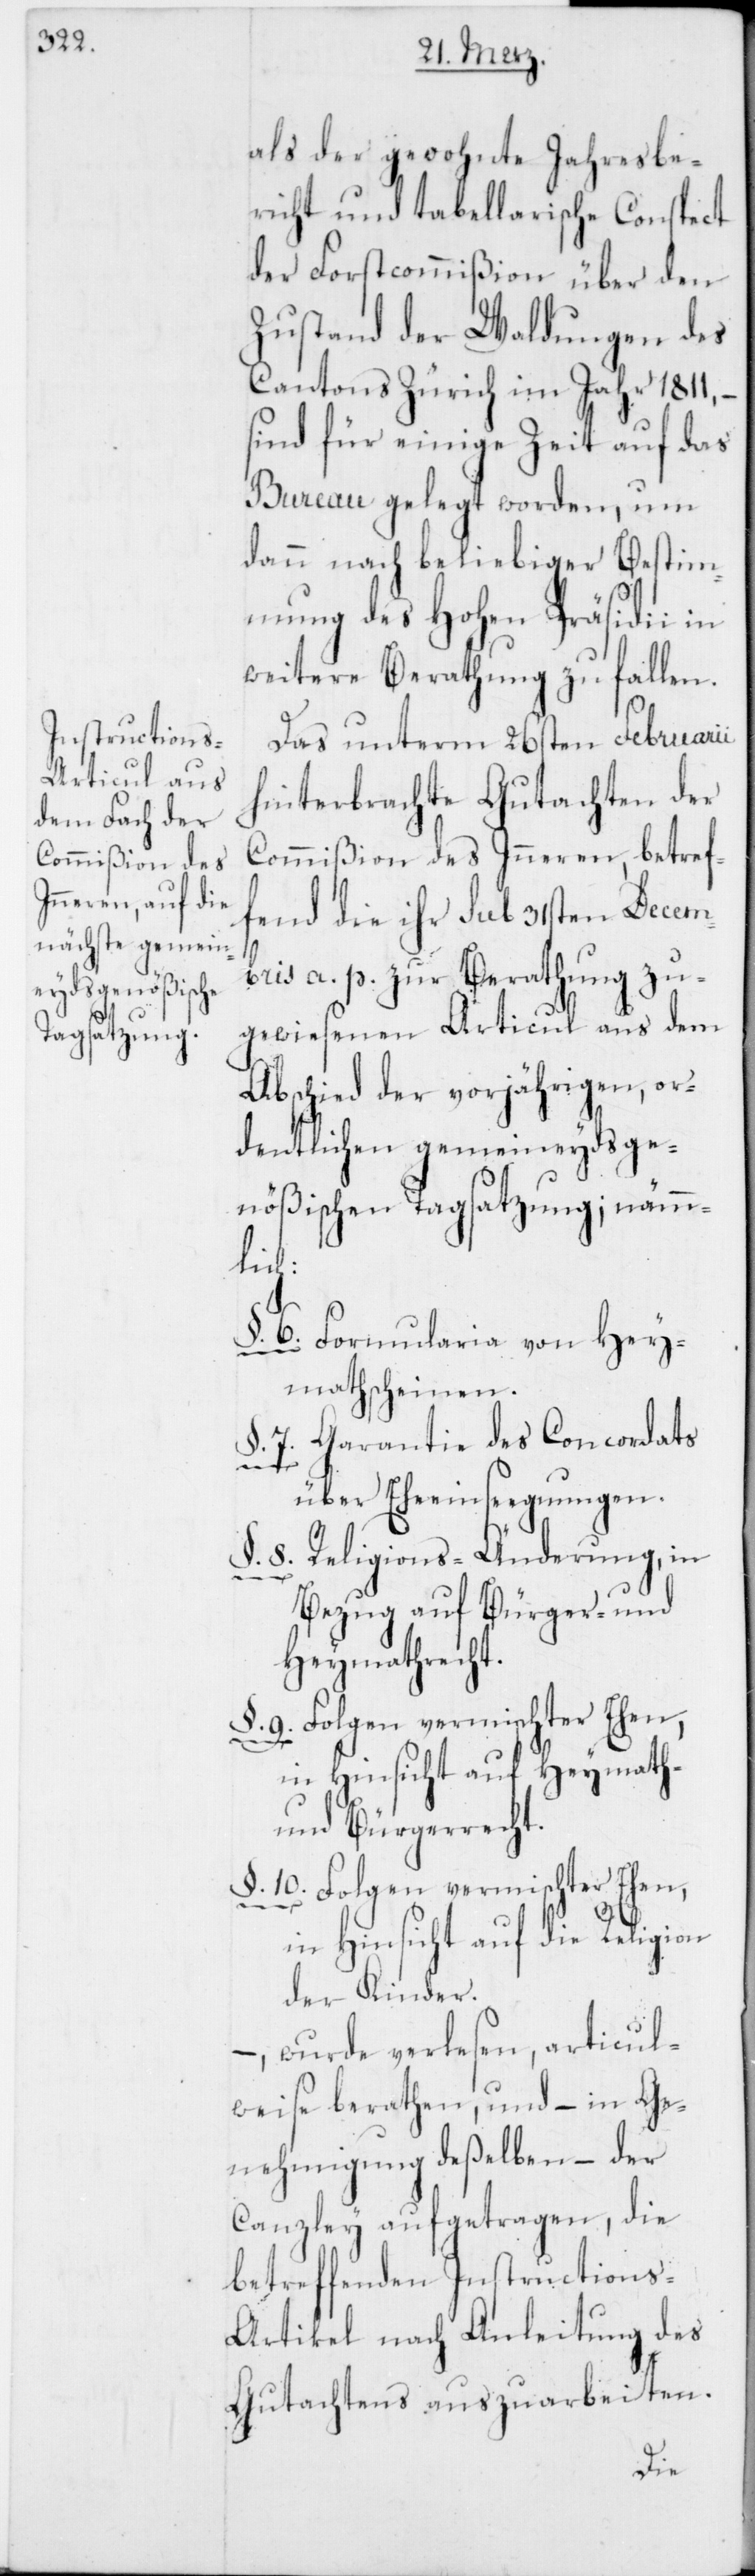
als der gewohnte Jahresbe¬
richt und tabellarische Conspect
der Forstcommißion über den
Zustand der Waldungen des
Cantons Zürich im Jahr 1811, –
sind für einige Zeit auf das
Bureau gelegt worden, um
dann nach beliebiger Bestim¬
mung des Hohen Präsidii in
weitere Berathung zu fallen.
Das unterm 26sten Februarii
hinterbrachte Gutachten der
Commißion des Inneren, betref¬
fend die ihr sub 31sten Decem¬
bris a. p. zur Berathung zu¬
gewiesenen Articul aus dem
Abschied der vorjährigen, or¬
dentlichen gemeineydsge¬
nößischen Tagsatzung; nämml¬
ich:
6. Formularia von Hey¬
mathscheinen;
§. 7. Garantie des Concordats
über Eheeinseegnungen.
§. 8. Religions-Änderung, in
Bezug auf Bürger- und
Heymathrecht.
in Hinsicht auf Heymath-
und Bürgerrecht.
§. 10. Folgen vermischter Ehen,
in Hinsicht auf die Religion
der Kinder.
wurde verlesen, articul¬
weise berathen, und – in Ge¬
nehmigung deßelben, – der
Canzley aufgetragen, die
betreffenden Instructions-A¬
rtikel nach Anleitung des
Gutachtens auszuarbeiten.